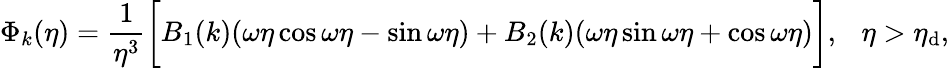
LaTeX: \Phi_{k}(\eta)=\frac{1}{\eta^{3}}\biggl[B_{1}(k)(\omega\eta\cos{\omega\eta}-\sin{\omega\eta})+B_{2}(k)(\omega\eta\sin{\omega\eta}+\cos{\omega\eta})\biggr],~~~\eta>\eta_{\mathrm{d}},